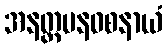
အနတ္တမနဝစနာယံ